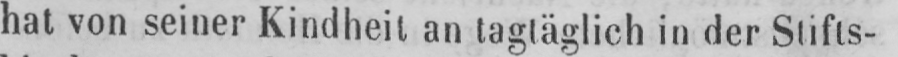
hat von seiner Kindheit an tagtäglich in der Stifts-